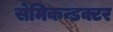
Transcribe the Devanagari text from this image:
सेमिकन्डक्टर